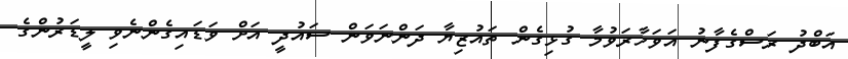
އަބްދު ރަސްގެފާނު އަވަހާރަވުމާ ގުޅިގެން ތައުޒިޔާ ދަންނަވަން ސައުދީ އަށް ވަޑައިގެންނެވި ލީޑަރުންގެ